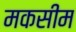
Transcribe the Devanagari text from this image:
मकसीम